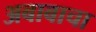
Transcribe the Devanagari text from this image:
अबाबाचा